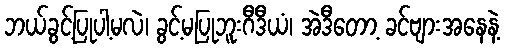
ဘယ်ခွင့်ပြုပါ့မလဲ၊ ခွင့်မပြုဘူးဂီဒီယံ၊ အဲဒီတော့ ခင်ဗျားအနေနဲ့